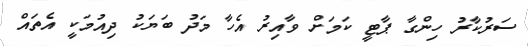
ސަރުކާރު ހިންގާ ޕާޓީ ކަމަށް ވާއިރު އެހާ މަދު ބަޔަކު ދިއުމަކީ އެތައް